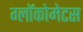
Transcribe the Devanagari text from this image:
ग्लॉकोमेटस